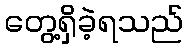
တွေ့ရှိခဲ့ရသည်